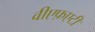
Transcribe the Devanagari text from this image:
वीएफ़एटी